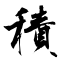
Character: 積